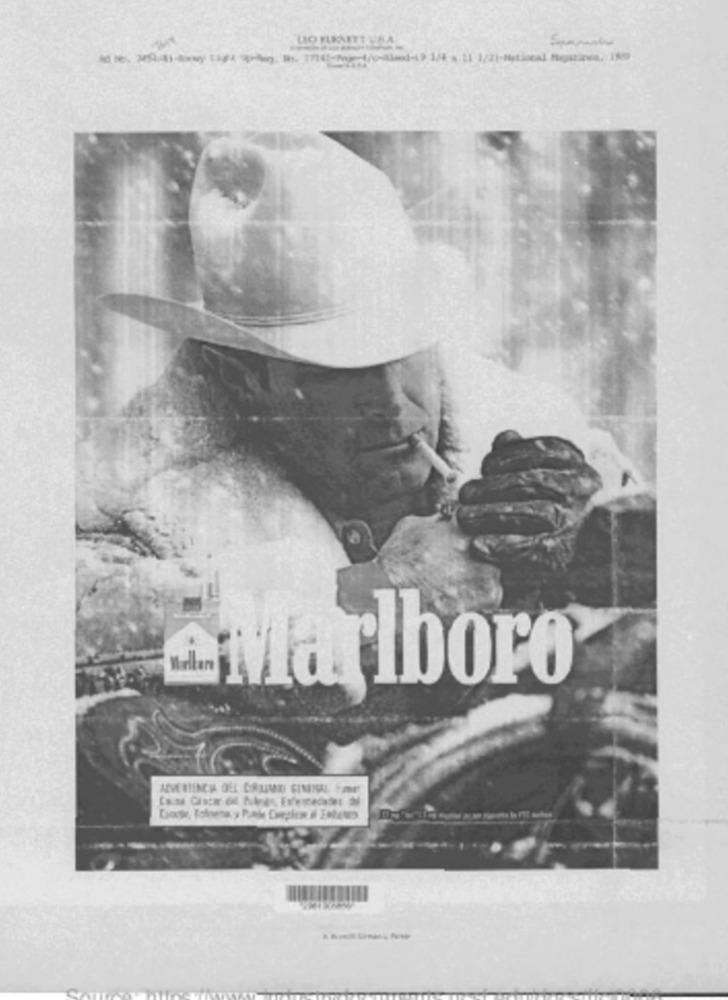
UO FRATTURA
Marlboro